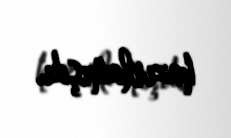
hazırlamışdı.